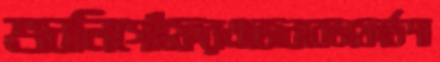
শুনলিগোঁফেরএজেনবেডফোর্ডশা